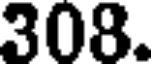
308.